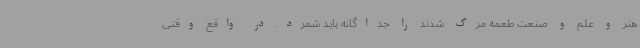
هنر و علم و صنعت طعمه مرگ شدند را جداگانه باید شمرد. در واقع وقتی